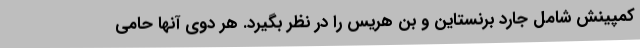
کمپینش شامل جارد برنستاین و بن هریس را در نظر بگیرد. هر دوی آنها حامی